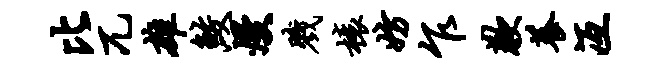
比兀雄鲛熳戮榱妨乍歉养冱